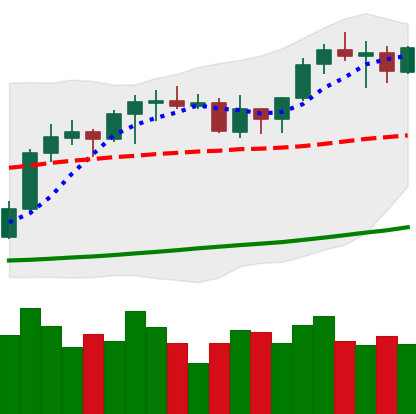
Ticker: ETH-USD
Chart end date: 2021-10-19
Forward return: 5.422%
Label: up_5_7